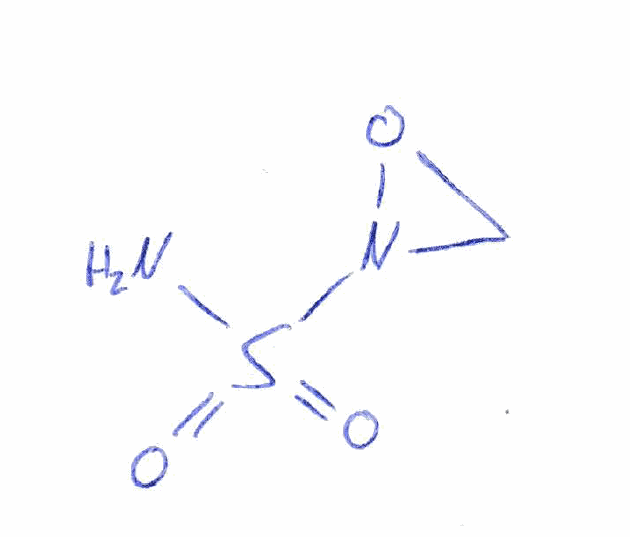
Simplified molecular-input line-entry system (SMILES) notation of the given molecule:
C1N(O1)S(=O)(=O)N